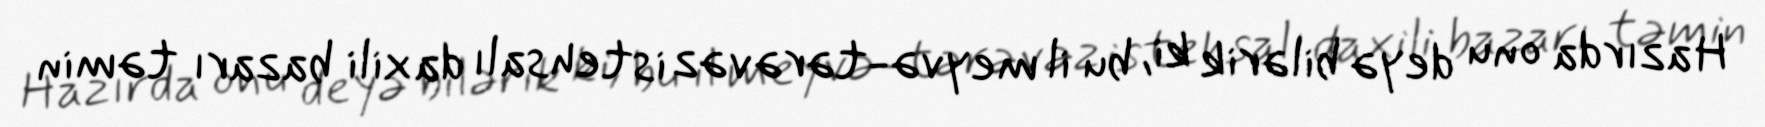
Hazırda onu deyə bilərik ki, bu il meyvə-tərəvəz istehsalı daxili bazarı təmin